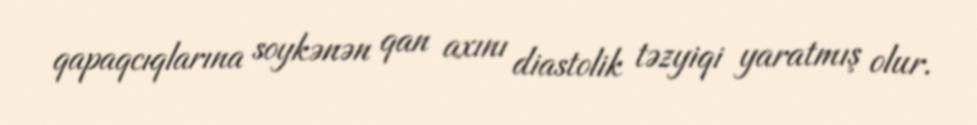
qapaqcıqlarına soykənən qan axını diastolik təzyiqi yaratmış olur.